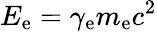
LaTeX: E_{\mathrm{e}}=\gamma_{\mathrm{e}}m_{\mathrm{e}}c^{2}